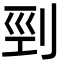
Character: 剄